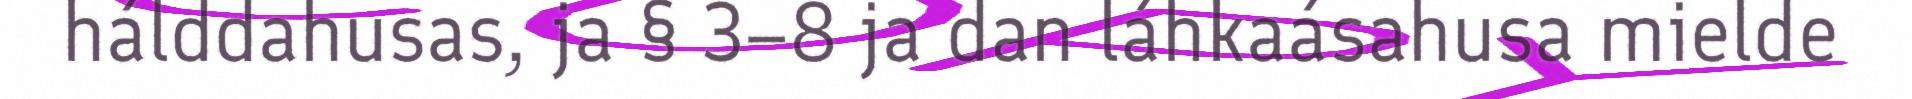
hálddahusas, ja § 3–8 ja dan láhkaásahusa mielde